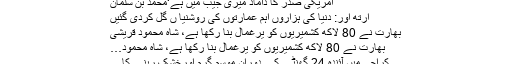
امریکی صدر کا داماد میری جیب میں ہے‘محمد بن سلمان
ارتھ آور: دنیا کی ہزاروں اہم عمارتوں کی روشنیا ں گل کردی گئیں
بھارت نے 80 لاکھ کشمیریوں کو یرغمال بنا رکھا ہے، شاہ محمود قریشی
بھارت نے 80 لاکھ کشمیریوں کو یرغمال بنا رکھا ہے، شاہ محمود…
کراچی میں آئندہ 24 گھنٹے کے دوران موسم گرم اورخشک رہنے کا…